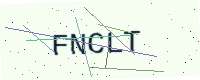
Text: FNCLT